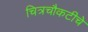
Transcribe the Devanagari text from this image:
चित्रचौकटीचे